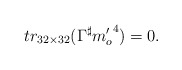
\begin{align*}tr_{32 \times 32} ( \Gamma^{\sharp} {m'_{o}}^{4} ) =0.\end{align*}